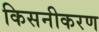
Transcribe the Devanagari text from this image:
किसनीकरण